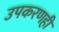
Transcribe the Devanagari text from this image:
उपकरणही